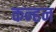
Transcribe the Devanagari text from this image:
कन्हन